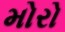
મોરો